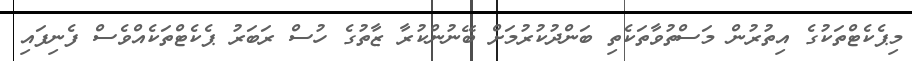
މިޕެކެޓްތަކުގެ އިތުރުން މަސްތުވާތަކެތި ބަންދުކުރުމަށް ބޭނުންކުރާ ޒާތުގެ ހުސް ރަބަރު ޕެކެޓްތަކެއްވެސް ފެނިފައި